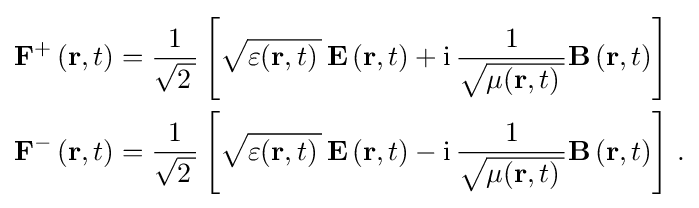
{\begin{aligned}{\mathbf {F} }^{+}\left({\mathbf {r} },t\right)&={\frac {1}{\sqrt {2\,}}}\left[{\sqrt {\varepsilon ({\mathbf {r} },t)\,}}\,{\mathbf {E} }\left({\mathbf {r} },t\right)+{\rm {i}}\,{\frac {1}{\sqrt {\mu ({\mathbf {r} },t)\,}}}{\mathbf {B} }\left({\mathbf {r} },t\right)\right]\\{\mathbf {F} }^{-}\left({\mathbf {r} },t\right)&={\frac {1}{\sqrt {2\,}}}\left[{\sqrt {\varepsilon ({\mathbf {r} },t)\,}}\,{\mathbf {E} }\left({\mathbf {r} },t\right)-{\rm {i}}\,{\frac {1}{\sqrt {\mu ({\mathbf {r} },t)\,}}}{\mathbf {B} }\left({\mathbf {r} },t\right)\right]\,.\end{aligned}}